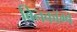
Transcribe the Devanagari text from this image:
बिनकॉम्ब